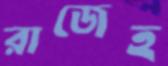
রাজেহ